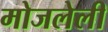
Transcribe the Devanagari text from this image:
मोजलेली